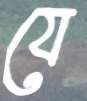
যে